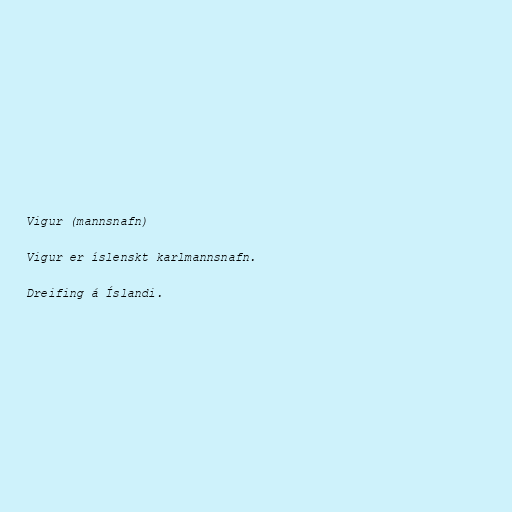
Vigur (mannsnafn)

Vigur er íslenskt karlmannsnafn.

Dreifing á Íslandi.